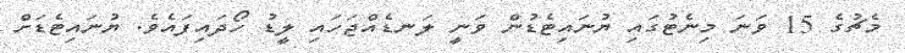
މެޗުގެ 15 ވަނަ މިނެޓުގައި ޔުނައިޓެޑުން ވަނީ ލަނޑެއްޖަހައި ލީޑު ހޯދައިފައެވެ. ޔުނައިޓެޑަށް